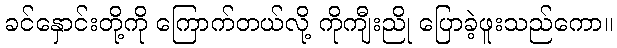
ခင်နှောင်းတို့ကို ကြောက်တယ်လို့ ကိုကျီးညို ပြောခဲ့ဖူးသည်ကော။